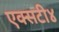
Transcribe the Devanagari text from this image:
एक्सटी४